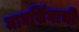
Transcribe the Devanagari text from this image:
मानसिंगाची